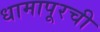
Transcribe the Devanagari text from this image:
धामापूरची